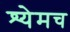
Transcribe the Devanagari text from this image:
श्येमच